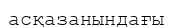
асқазанындағы